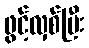
ဖွင့်လှစ်ပြီး